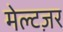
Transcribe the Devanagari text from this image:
मेल्टज़र